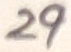
Text: 29